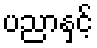
ပညာနှင့်